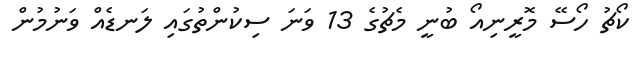
ކޯޗު ހޯސޭ މޮރީނިއޯ ބުނީ މެޗުގެ 13 ވަނަ ސިކުންތުގައި ލަނޑެއް ވަނުމުން